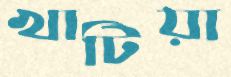
খাটিয়া